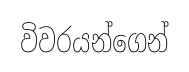
විවරයන්ගෙන්